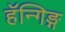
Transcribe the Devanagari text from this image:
हॅन्गिङ्ग